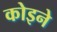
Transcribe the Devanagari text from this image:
कोइने